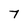
Character: 7